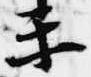
楽